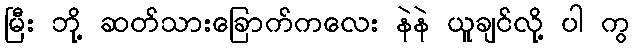
မြီး ဘို့ ဆတ်သားခြောက်ကလေး နဲနဲ ယူချင်လို့ ပါ ကွ